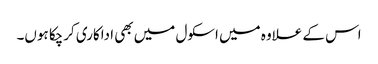
اس کے علاوہ میں اسکول میں بھی اداکاری کرچکا ہوں۔